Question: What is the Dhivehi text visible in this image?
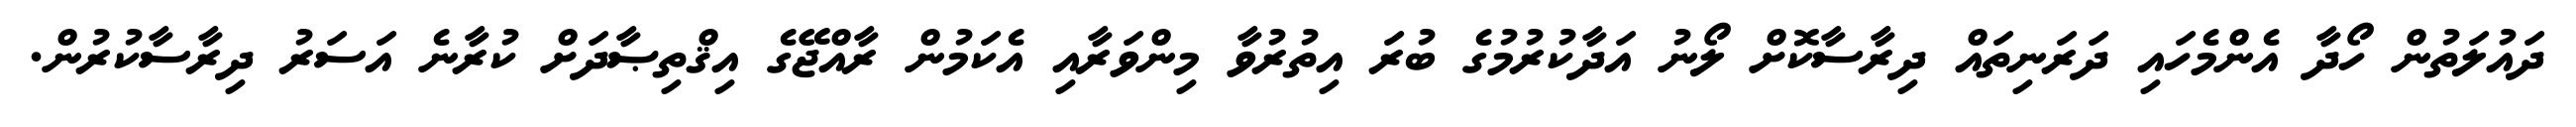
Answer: ދައުލަތުން ހޯދާ އެންމެހައި ދަރަނިތައް ދިރާސާކޮށް ލޯނު އަދާކުރުމުގެ ބުރަ އިތުރުވާ މިންވަރާއި އެކަމުން ރާއްޖޭގެ އިޤްތިޞާދަށް ކުރާނެ އަސަރު ދިރާސާކުރުން.